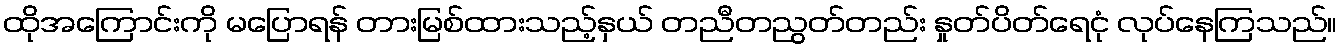
ထိုအကြောင်းကို မပြောရန် တားမြစ်ထားသည့်နှယ် တညီတညွတ်တည်း နှုတ်ပိတ်ရေငုံ လုပ်နေကြသည်။